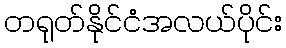
တရုတ်နိုင်ငံအလယ်ပိုင်း